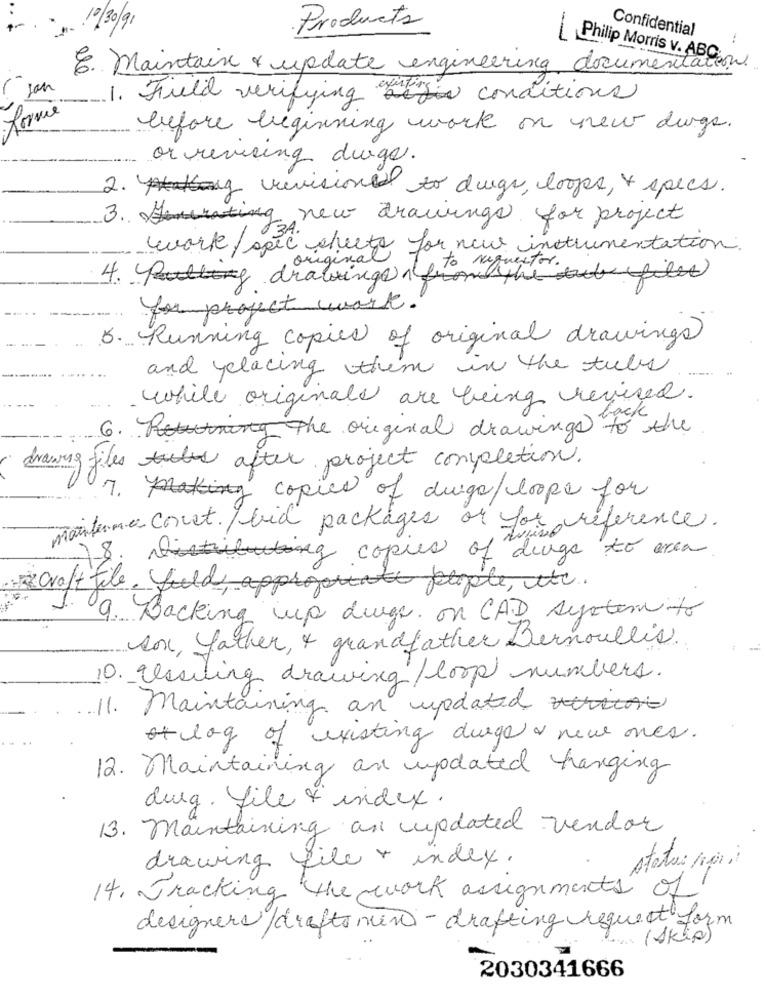
Products
10/30/91
Confidential
-.
Philip Morris v. ABC
. Maintain & update engineering documentation.
( jan
1. Fuld verifying bevis conditions
forme
before beginning work on new dugs.
or revising drugs.
2. g revisione to dugs, loops, + specs.
3. Hurating new drawings for project
work/ spic sheets for new instrumentation.
, original
4. Putting drawings il pete requestor.
nom the tubefilet
for project work.
5. Running copies of original drawings
and yelacing them in the tuls
while originals are being revised.
6. the original drawings back
drawing files after project completion.
7. making copies of drugs/loope for
maitena conet. / bid packages or for reference.
18. istiluting copies of wine
of drugs to area
craft file, fuld appropriate people, etc.
9. Backing up durgs. on CAD system to
son, father, + grandfather Bernoulli's.
10. Issuing drawing / loop numbers.
11. maintaining an updated
of log of existing durge & new ones.
12. Maintaining an updated hanging
dug. file & index.
13. maintaining an updated vendor
drawing file + index.
status pari
14. Tracking the work assignments of
designers / draftomen - drafting request form
e.s (Akia)
2030341666